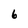
Character: 6